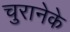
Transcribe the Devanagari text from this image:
चुरानेके